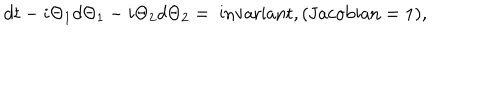
LaTeX: d t - i \Theta _ { 1 } d \Theta _ { 1 } - i \Theta _ { 2 } d \Theta _ { 2 } = \mathrm { ~ i n v a r i a n t } , ( \mathrm { J a c o b i a n } = 1 ) ,